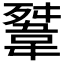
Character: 𩎳